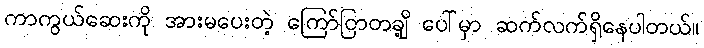
ကာကွယ်ဆေးကို အားမပေးတဲ့ ကြော်ငြာတချို့ ပေါ်မှာ ဆက်လက်ရှိနေပါတယ်။